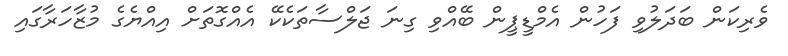
ވެރިކަން ބަދަލުވި ފަހުން އެމްޑީޕީން ބޭއްވި ގިނަ ޖަލްސާތަކެކޭ އެއްގޮތަށް އިއްޔެގެ މުޒާހަރާގައި